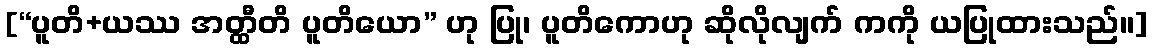
[“ပူတိ+ယဿ အတ္ထီတိ ပူတိယော” ဟု ပြု၊ ပူတိကောဟု ဆိုလိုလျက် ကကို ယပြုထားသည်။]